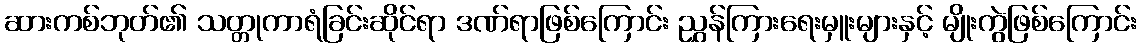
ဆားကစ်ဘုတ်၏ သတ္တုကာရံခြင်းဆိုင်ရာ ဒဏ်ရာဖြစ်ကြောင်း ညွှန်ကြားရေးမှူးများနှင့် မျိုးကွဲဖြစ်ကြောင်း